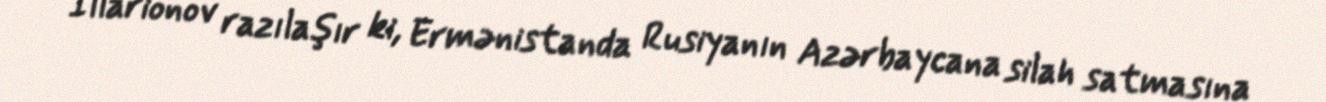
İllarionov razılaşır ki, Ermənistanda Rusiyanın Azərbaycana silah satmasına